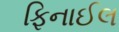
ફિનાઈલ